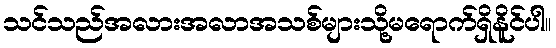
သင်သည်အလားအလာအသစ်များသို့မရောက်ရှိနိူင်ပါ။